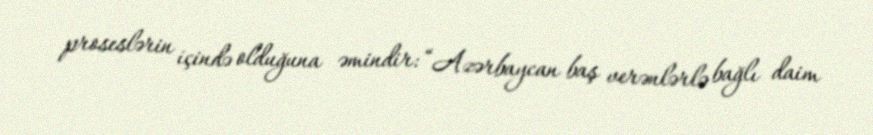
proseslərin içində olduğuna əmindir: “Azərbaycan baş verənlərlə bağlı daim